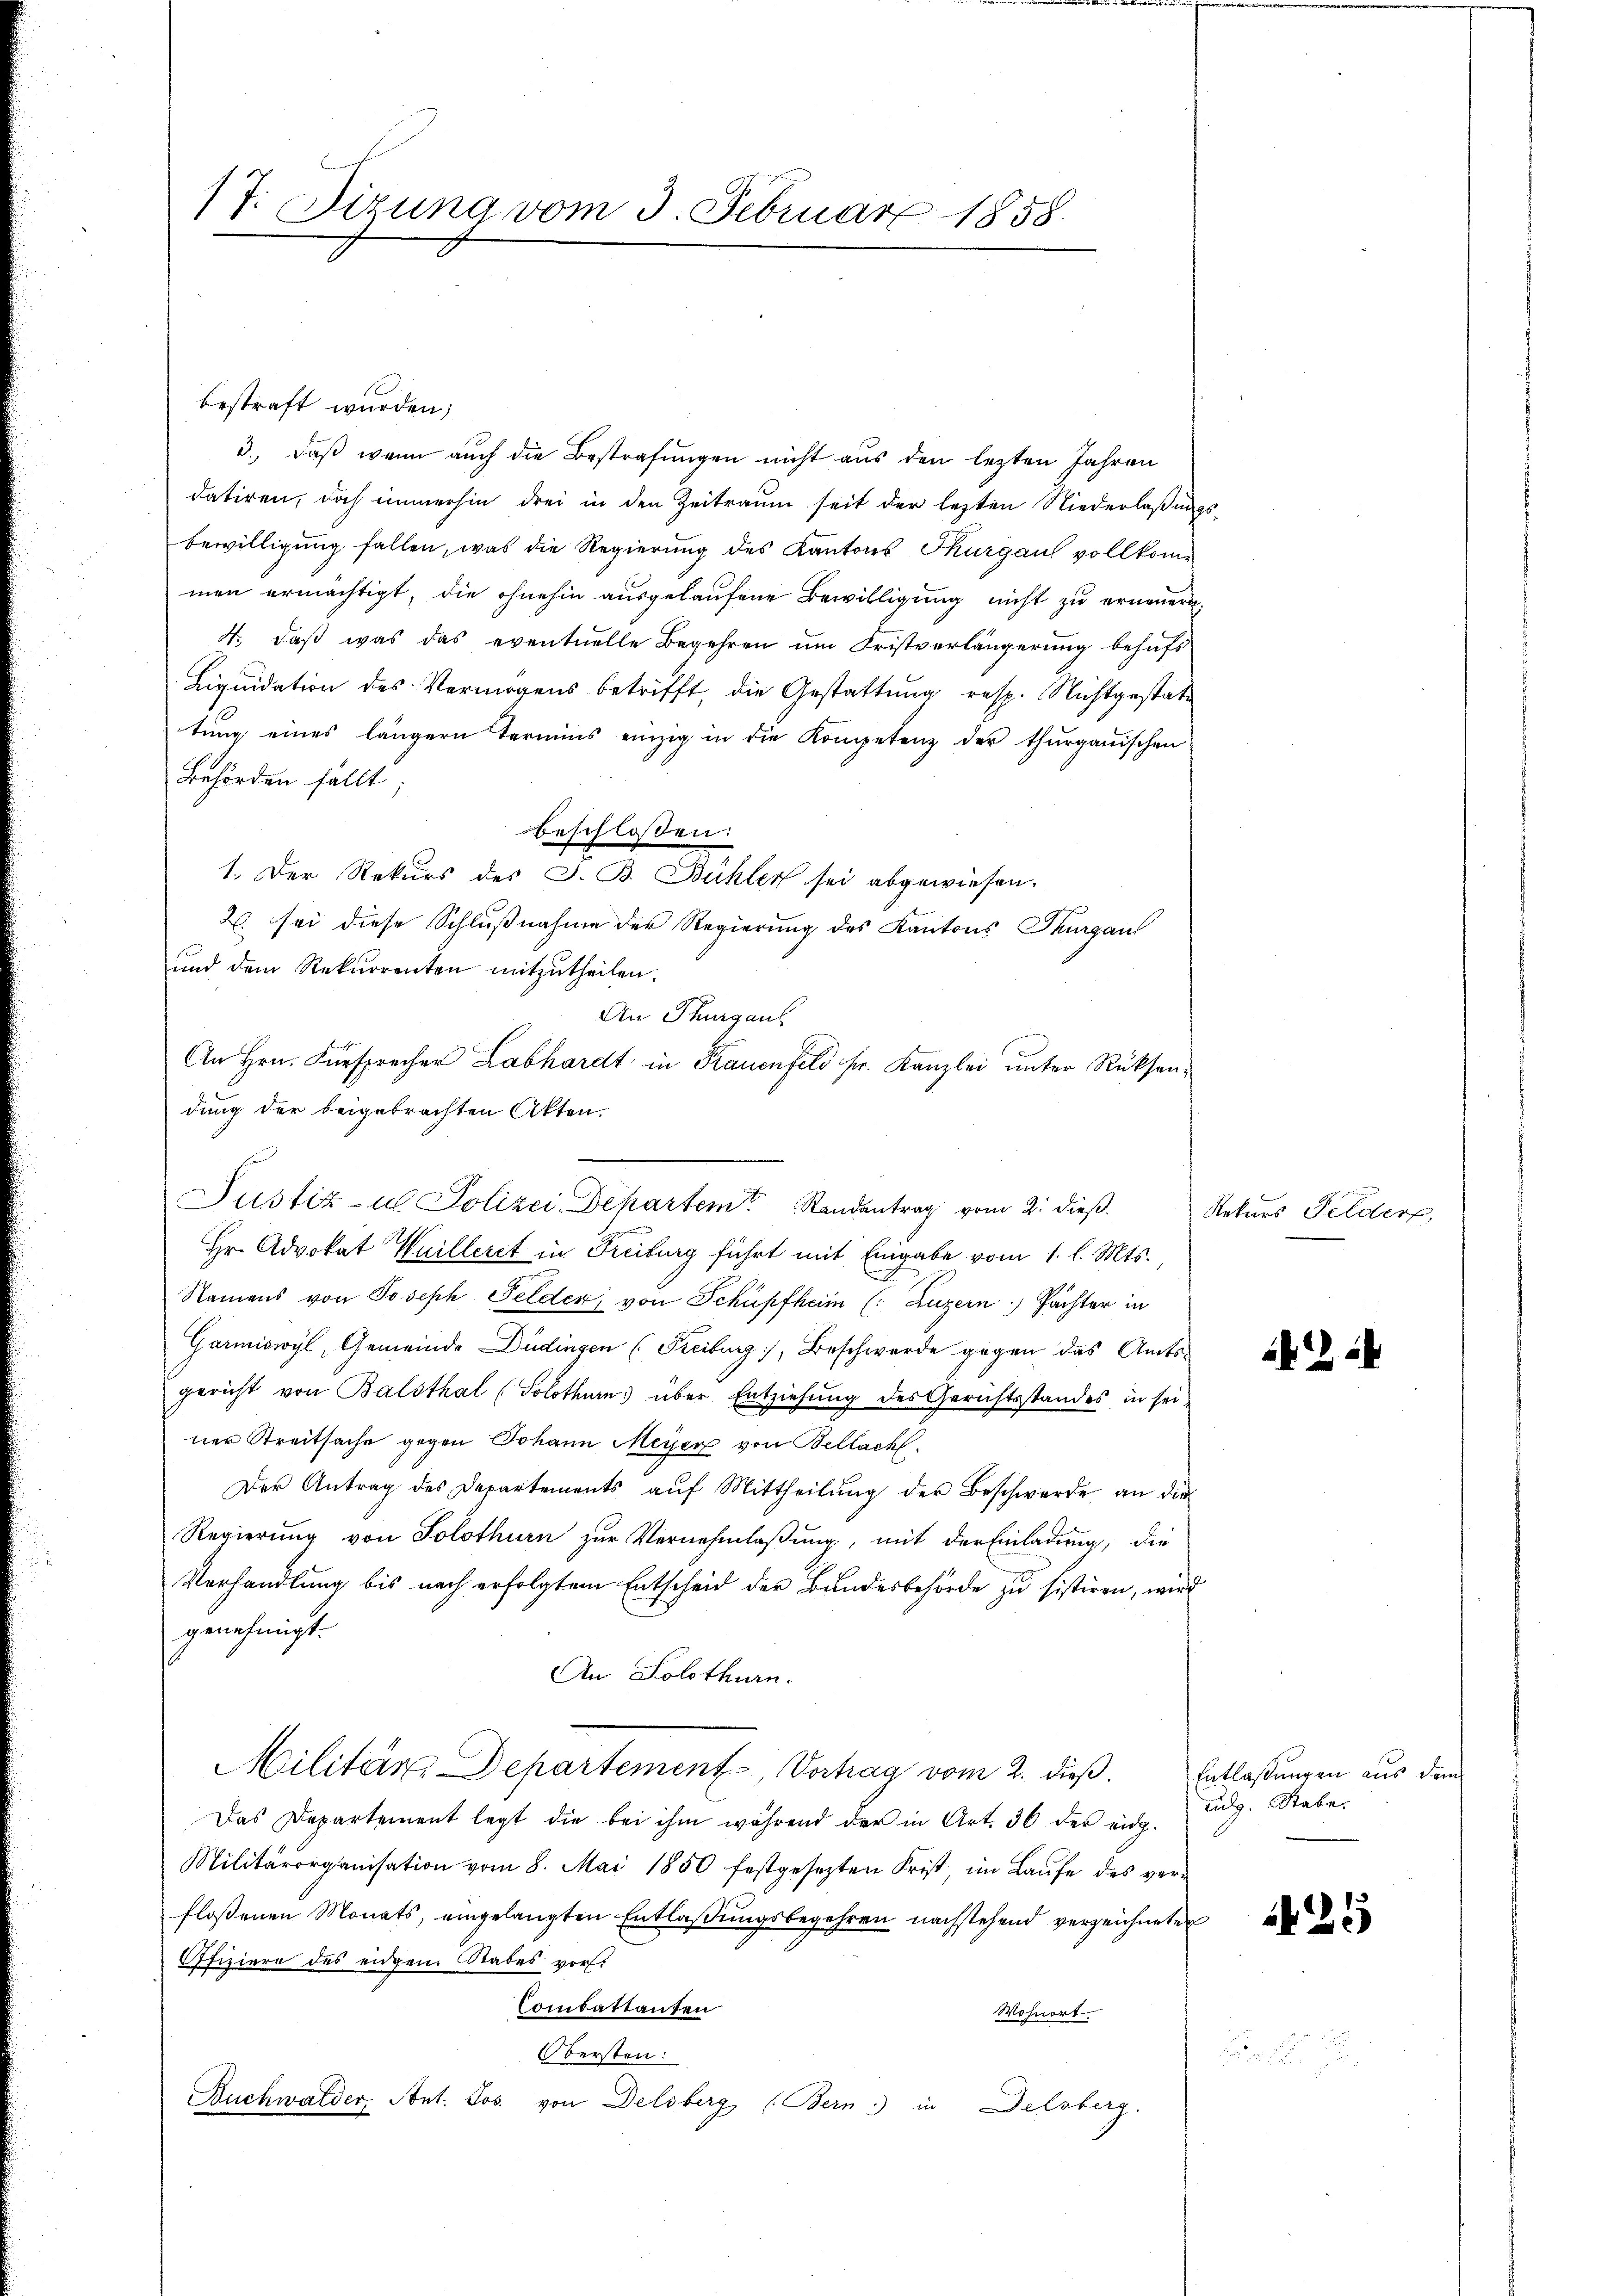
17. Sizung vom 3. Februar 1858.

bestraft wurden;
3., daß wenn auch die Bestrafungen nicht aus den lezten Jahren
datiren, doch immerhin drei in den Zeitraum seit der lezten Niederlaßungsbewilligung fallen, was die Regierung des Kantons Thurgau vollkommen ermächtigt, die ohnehin ausgelaufene Bewilligung nicht zu erneuern.
4. daß was das eventuelle Begehren um Fristverlängerung behufs
Liquidation des Vermögens betrifft, die Gestattung resp. Nichtgestattŭng eines längern Termins einzig in die Kompetenz der thurgauischen
Behörden fällt
beschlossen:
1. Der Rekurs des J. B. Bühler sei abgewiesen.
2. sei diese Schlußnahme der Regierung des Kantons Thurgau
ŭnd dem Rekurrenten mitzŭtheilen.
An Thurgaus
An Hrn. Fürsprecher Labhardt in Krauenfeld sr. Kanzlei unter Rücksendung der beigebrachten Akten.
Hr. Advokat Huilleret in Freiburg führt mit Eingabe vom 1. l. Mts.,
Namens von Joseph Felder von Schüpfheim (: Luzern) Pächter in
Garmiswyl, Gemeinde Düdingen (Freiburg, Beschwerde gegen das Amtsgericht von Balsthal (Solothurn) über Entziehung des Gerichtsstandes in sei
ner Streitsache gegen Johann Meyer von Bellach.
Der Antrag des Departements aŭf Mittheilŭng der Beschwerde an die
Regierung von Solothurn zur Vernehmlaßung, mit der Einladung, die
Verhandlung bis nach erfolgtem Entscheid der Bundesbehörde zu sistiren, wird
genehmigt.
An Solothurn.
Militär, Departement, Vortrag vom 2. dieß. Entlaßungen aus dem
Das Departement legt die bei ihm während der in Art. 36 der eidg.
Militärorganisation vom 8. Mai 1850 festgesezten Frist, im Laufe des verflossenen Monats, eingelangten Entlaßungsbegehren nachstehend verzeichneten
Ofiziere des eidgen. Stabes vor.
Combattanten
Wohnort
Obersten
Buchwalder, Ant. Jos. von Delsberg (Bern in Delsberg.

Justiz- u Polizei Departem Randentrag vom 2. dieß.

Rekurs Felder,

22

udg. Stabe

425